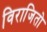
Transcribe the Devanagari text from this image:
विराजितो